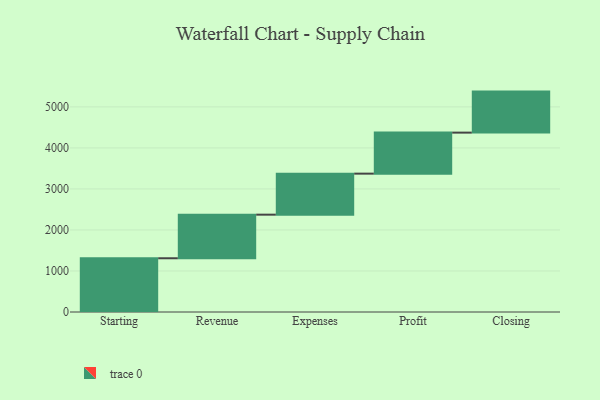
{"axis": {"x": "Step", "y": "Value"}, "legend": [""], "data": [{"x": "Starting", "y": 1310.0, "type": ""}, {"x": "Revenue", "y": 1063.0, "type": ""}, {"x": "Expenses", "y": 1000, "type": ""}, {"x": "Profit", "y": 1000, "type": ""}, {"x": "Closing", "y": 1000, "type": ""}]}